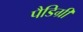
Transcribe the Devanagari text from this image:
पैडिग्री